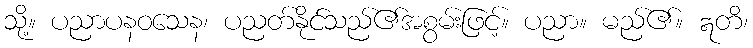
သို့။ ပညာပနဝသေန၊ ပညတ်နိုင်သည်၏အစွမ်းဖြင့်။ ပညာ။ မည်၏။ ဣတိ၊